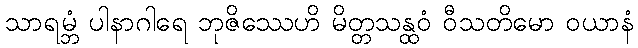
သာရမ္ဘံ ပါနာဂါရေ ဘုဇိဿေဟိ မိတ္တသန္ထဝံ ဝီသတိမော ဝယာနံ